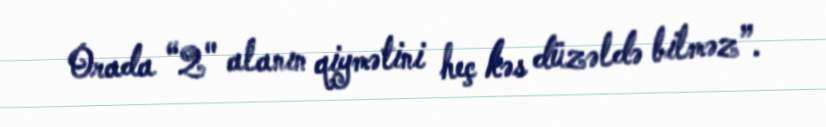
Orada “2" alanın qiymətini heç kəs düzəldə bilməz”.